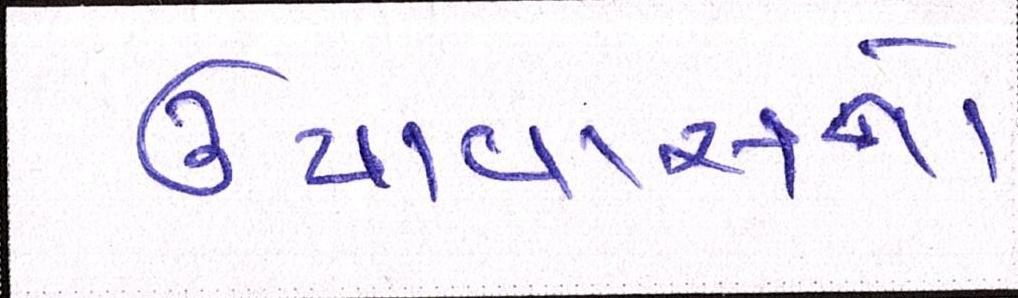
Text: ઉપવાસનો